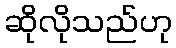
ဆိုလိုသည်ဟု